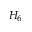
H _ { 6 }